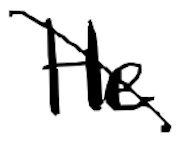
Text: He
Cross-out: diagonal
Writing tool: digital_black